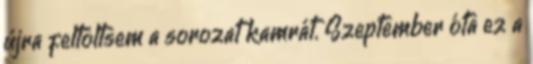
újra feltöltsem a sorozat kamrát. Szeptember óta ez a